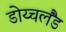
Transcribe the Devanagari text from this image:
डोय्चलैंड